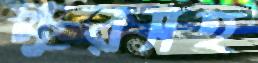
ক্ষুরসহ